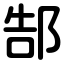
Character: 郜